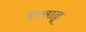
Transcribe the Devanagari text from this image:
पिसाळू